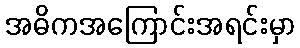
အဓိကအကြောင်းအရင်းမှာ